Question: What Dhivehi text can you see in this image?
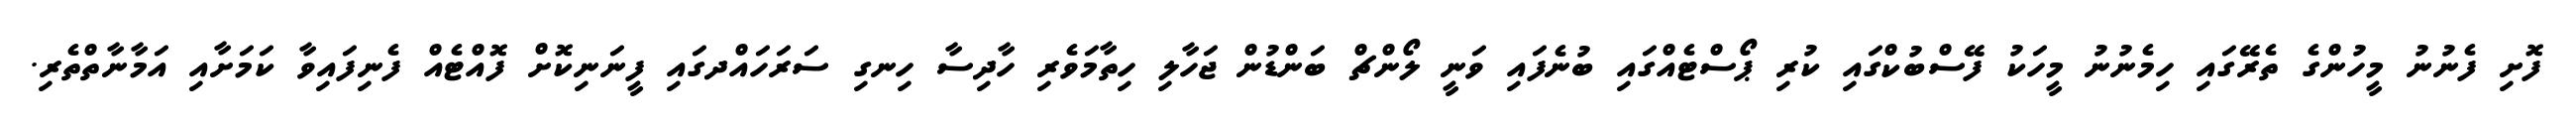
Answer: ފޮށި ފެނުނު މީހުންގެ ތެރޭގައި ހިމެނުނު މީހަކު ފޭސްބުކްގައި ކުރި ޕޯސްޓެއްގައި ބުނެފައި ވަނީ ލޯންޗް ބަންޑުން ޖަހާލި ހިތާމަވެރި ހާދިސާ ހިނގި ސަރަހައްދގައި ފީނަނިކޮށް ފޮއްޓެއް ފެނިފައިވާ ކަމަށާއި އަމާނާތްތެރި.